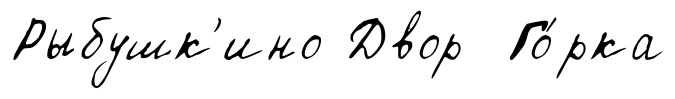
Рыбушк'ино Двор Го́рка